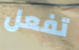
تفعل